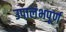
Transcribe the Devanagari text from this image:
उपालंभपूर्ण